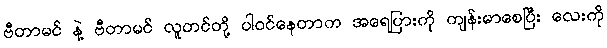
ဗီတာမင် နဲ့ ဗီတာမင် လူတင်တို့ ပါဝင်နေတာက အရေပြားကို ကျန်းမာစေပြီး လေးကို